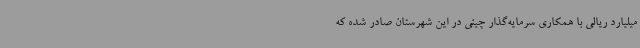
میلیارد ریالی با همکاری سرمایه‌گذار چینی در این شهرستان صادر شده که